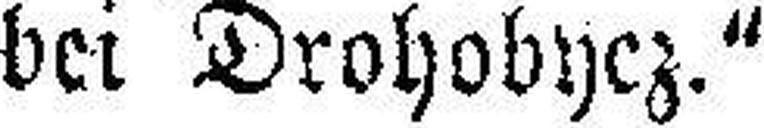
bei Drohobycz.“